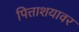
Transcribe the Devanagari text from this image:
पित्ताशयावर